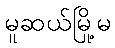
မူဆယ်မြို့မ